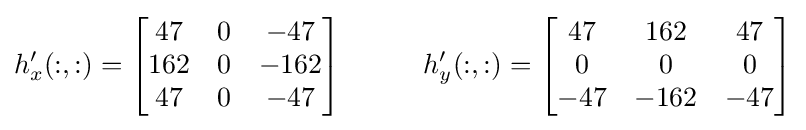
h_{x}'(:,:)={\begin{bmatrix}47&0&-47\\162&0&-162\\47&0&-47\end{bmatrix}}\ \ \ \ \ \ \ \ \ h_{y}'(:,:)={\begin{bmatrix}47&162&47\\0&0&0\\-47&-162&-47\end{bmatrix}}